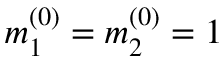
m _ { 1 } ^ { ( 0 ) } = m _ { 2 } ^ { ( 0 ) } = 1